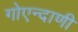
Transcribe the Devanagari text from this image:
गोएन्दाणी